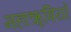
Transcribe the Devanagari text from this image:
महाॠषियों